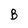
Character: B